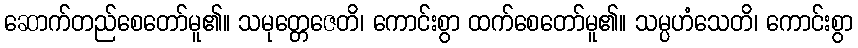
ဆောက်တည်စေတော်မူ၏။ သမုတ္တေဇေတိ၊ ကောင်းစွာ ထက်စေတော်မူ၏။ သမ္ပဟံသေတိ၊ ကောင်းစွာ